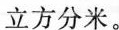
立方分米。